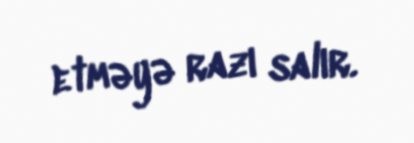
etməyə razı salır.